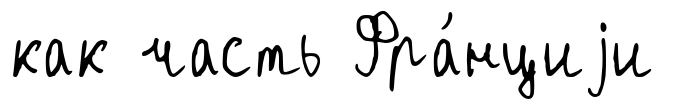
как часть Фра́нциjи